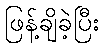
ဖြန့်ချိခဲ့ပြီး